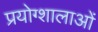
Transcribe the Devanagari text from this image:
प्रयोग्शालाओं